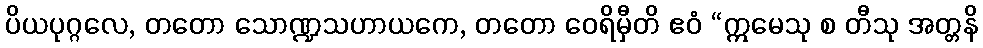
ပိယပုဂ္ဂလေ, တတော သောဏ္ဍသဟာယကေ, တတော ဝေရိမှီတိ ဧဝံ “ဣမေသု စ တီသု အတ္တနိ